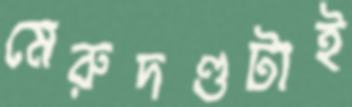
মেরুদণ্ডটাই